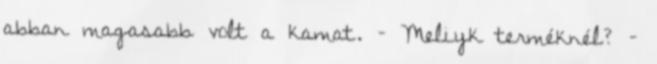
abban magasabb volt a kamat. – Meliyk terméknél? –